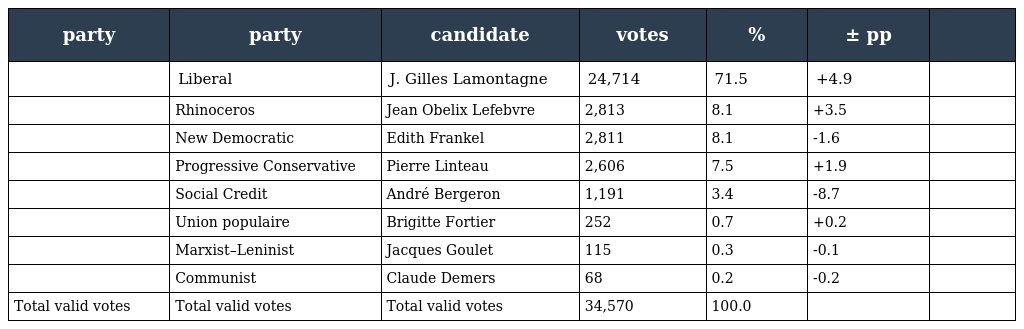
| party | party | candidate | votes | % | ± pp |  |
 | --- | --- | --- | --- | --- | --- | --- |
 |  | Liberal | J. Gilles Lamontagne | 24,714 | 71.5 | +4.9 |  |
 |  | Rhinoceros | Jean Obelix Lefebvre | 2,813 | 8.1 | +3.5 |  |
 |  | New Democratic | Edith Frankel | 2,811 | 8.1 | -1.6 |  |
 |  | Progressive Conservative | Pierre Linteau | 2,606 | 7.5 | +1.9 |  |
 |  | Social Credit | André Bergeron | 1,191 | 3.4 | -8.7 |  |
 |  | Union populaire | Brigitte Fortier | 252 | 0.7 | +0.2 |  |
 |  | Marxist–Leninist | Jacques Goulet | 115 | 0.3 | -0.1 |  |
 |  | Communist | Claude Demers | 68 | 0.2 | -0.2 |  |
 | Total valid votes | Total valid votes | Total valid votes | 34,570 | 100.0 |  |  |